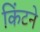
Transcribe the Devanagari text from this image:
किंटने